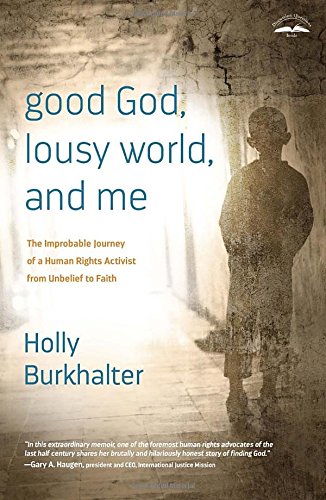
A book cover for Good God, Lousy World, and Me: The Improbable Journey of a Human Rights Activist from Unbelief to Faith; Holly Burkhalter; Biographies & Memoirs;